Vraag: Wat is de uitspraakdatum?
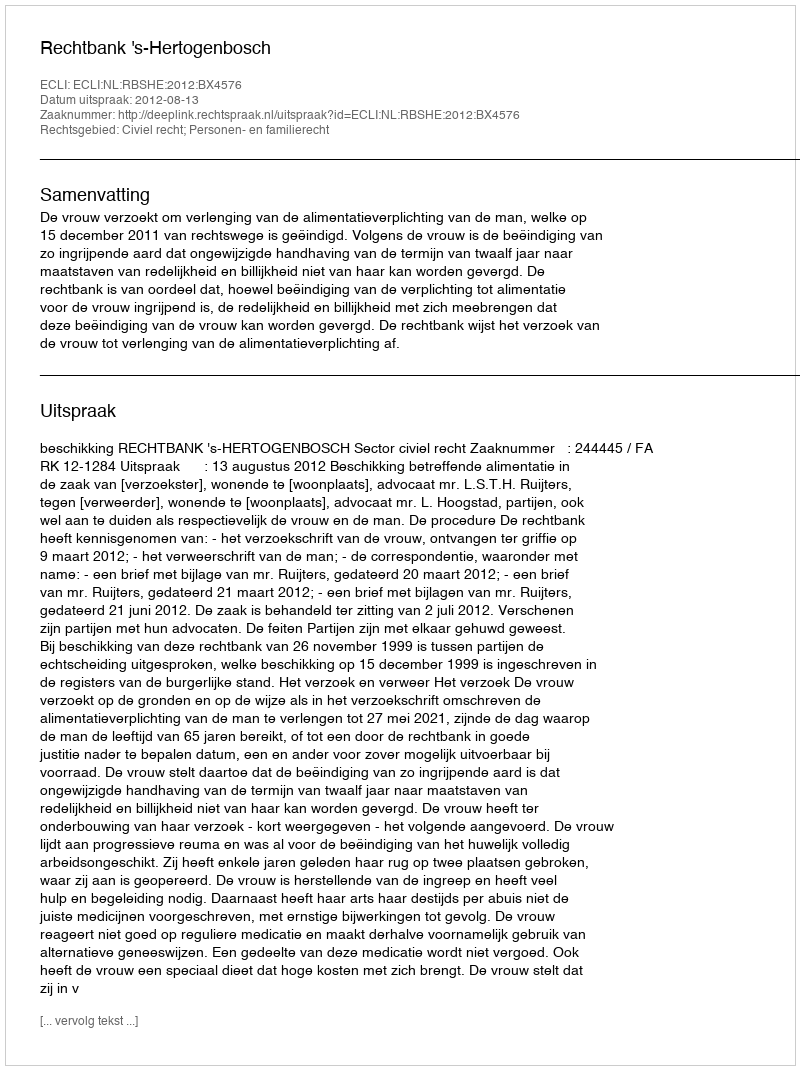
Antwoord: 2012-08-13